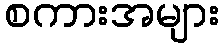
စကားအများ